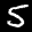
Label: 5